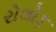
રોલોફ